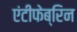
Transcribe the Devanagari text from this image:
एंटीफेब्रिन